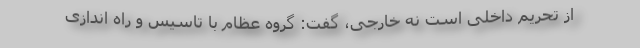
از تحریم داخلی است نه خارجی، گفت: گروه عظام با تاسیس و راه اندازی